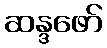
ဆန္ဒဖော်